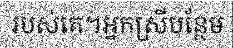
របស់គេ។អ្នកស្រីបន្ថែម